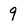
Character: q